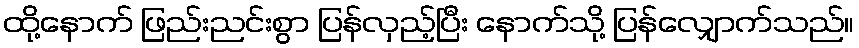
ထို့နောက် ဖြည်းညင်းစွာ ပြန်လှည့်ပြီး နောက်သို့ ပြန်လျှောက်သည်။